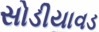
સોડીયાવડ